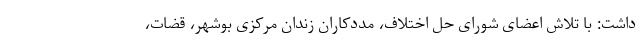
داشت: با تلاش اعضای شورای حل اختلاف، مددکاران زندان مرکزی بوشهر، قضات،